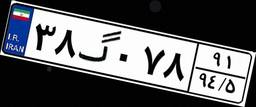
۸۰گ۱۴۴۰۰